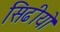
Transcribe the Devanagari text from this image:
सिढीयो